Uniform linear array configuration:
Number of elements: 12
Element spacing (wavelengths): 0.75
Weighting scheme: hann
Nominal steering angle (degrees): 60
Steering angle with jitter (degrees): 59.9
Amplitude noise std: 0.05
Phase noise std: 0.05

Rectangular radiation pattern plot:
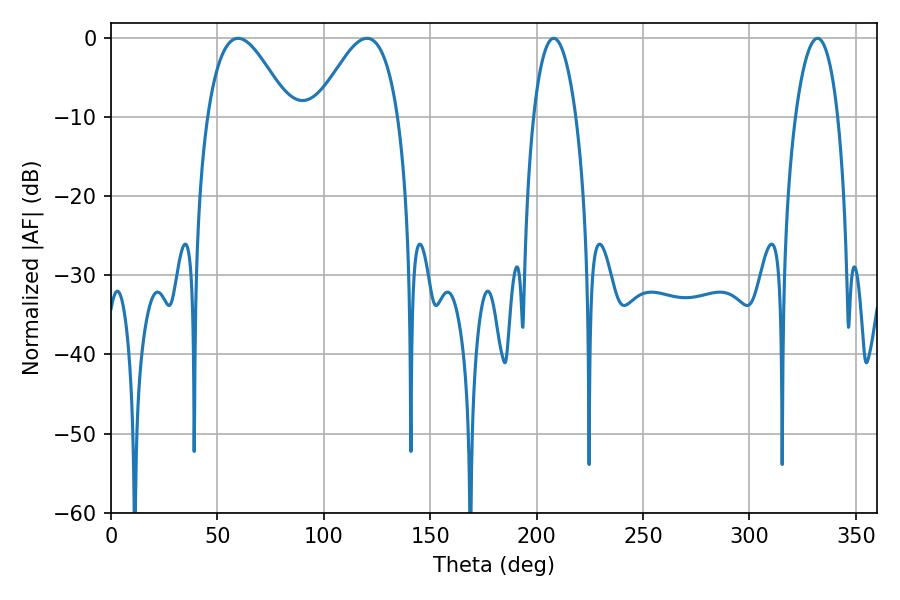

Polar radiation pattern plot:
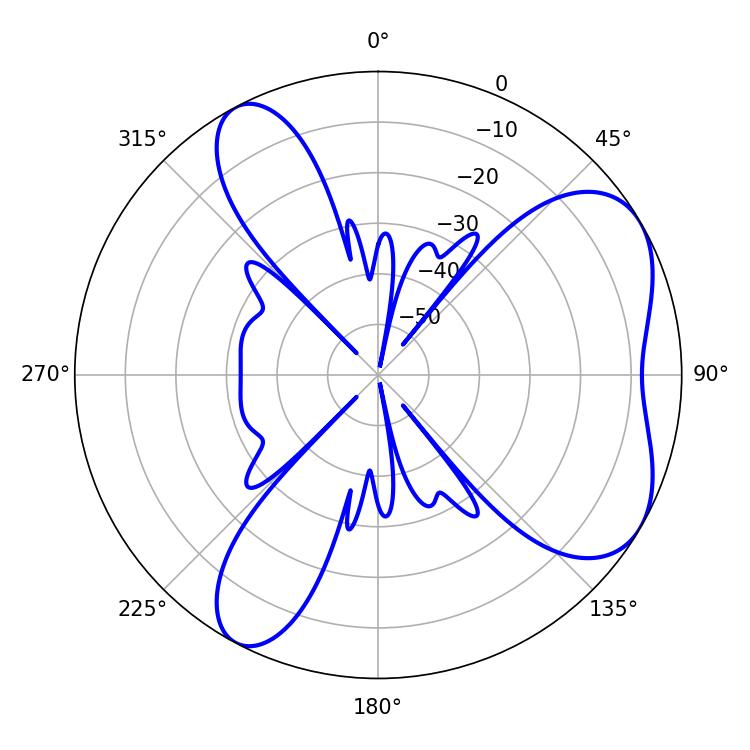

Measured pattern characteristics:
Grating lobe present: TRUE
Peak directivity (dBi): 5.805
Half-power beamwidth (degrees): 20.88
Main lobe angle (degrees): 59.76